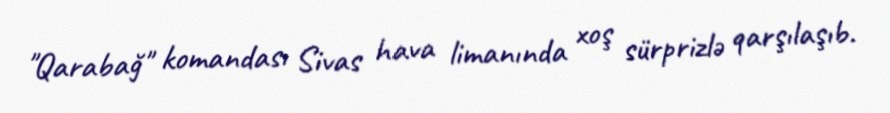
"Qarabağ" komandası Sivas hava limanında xoş sürprizlə qarşılaşıb.